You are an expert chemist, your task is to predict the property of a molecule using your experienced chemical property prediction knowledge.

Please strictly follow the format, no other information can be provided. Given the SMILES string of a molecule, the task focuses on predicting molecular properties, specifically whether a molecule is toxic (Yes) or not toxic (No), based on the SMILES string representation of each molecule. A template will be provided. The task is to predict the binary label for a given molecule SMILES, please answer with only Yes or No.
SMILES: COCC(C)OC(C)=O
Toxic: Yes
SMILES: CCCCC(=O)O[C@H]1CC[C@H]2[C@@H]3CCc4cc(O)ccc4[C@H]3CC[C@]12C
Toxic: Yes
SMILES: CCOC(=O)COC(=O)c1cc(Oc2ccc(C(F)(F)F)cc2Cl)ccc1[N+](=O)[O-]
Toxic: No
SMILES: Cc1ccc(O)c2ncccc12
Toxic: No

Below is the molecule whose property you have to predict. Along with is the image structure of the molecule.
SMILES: NS(=O)(=O)c1ccc(C(=O)O)cc1
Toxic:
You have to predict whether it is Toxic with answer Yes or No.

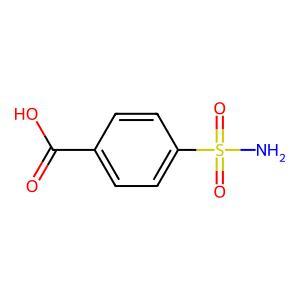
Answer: No